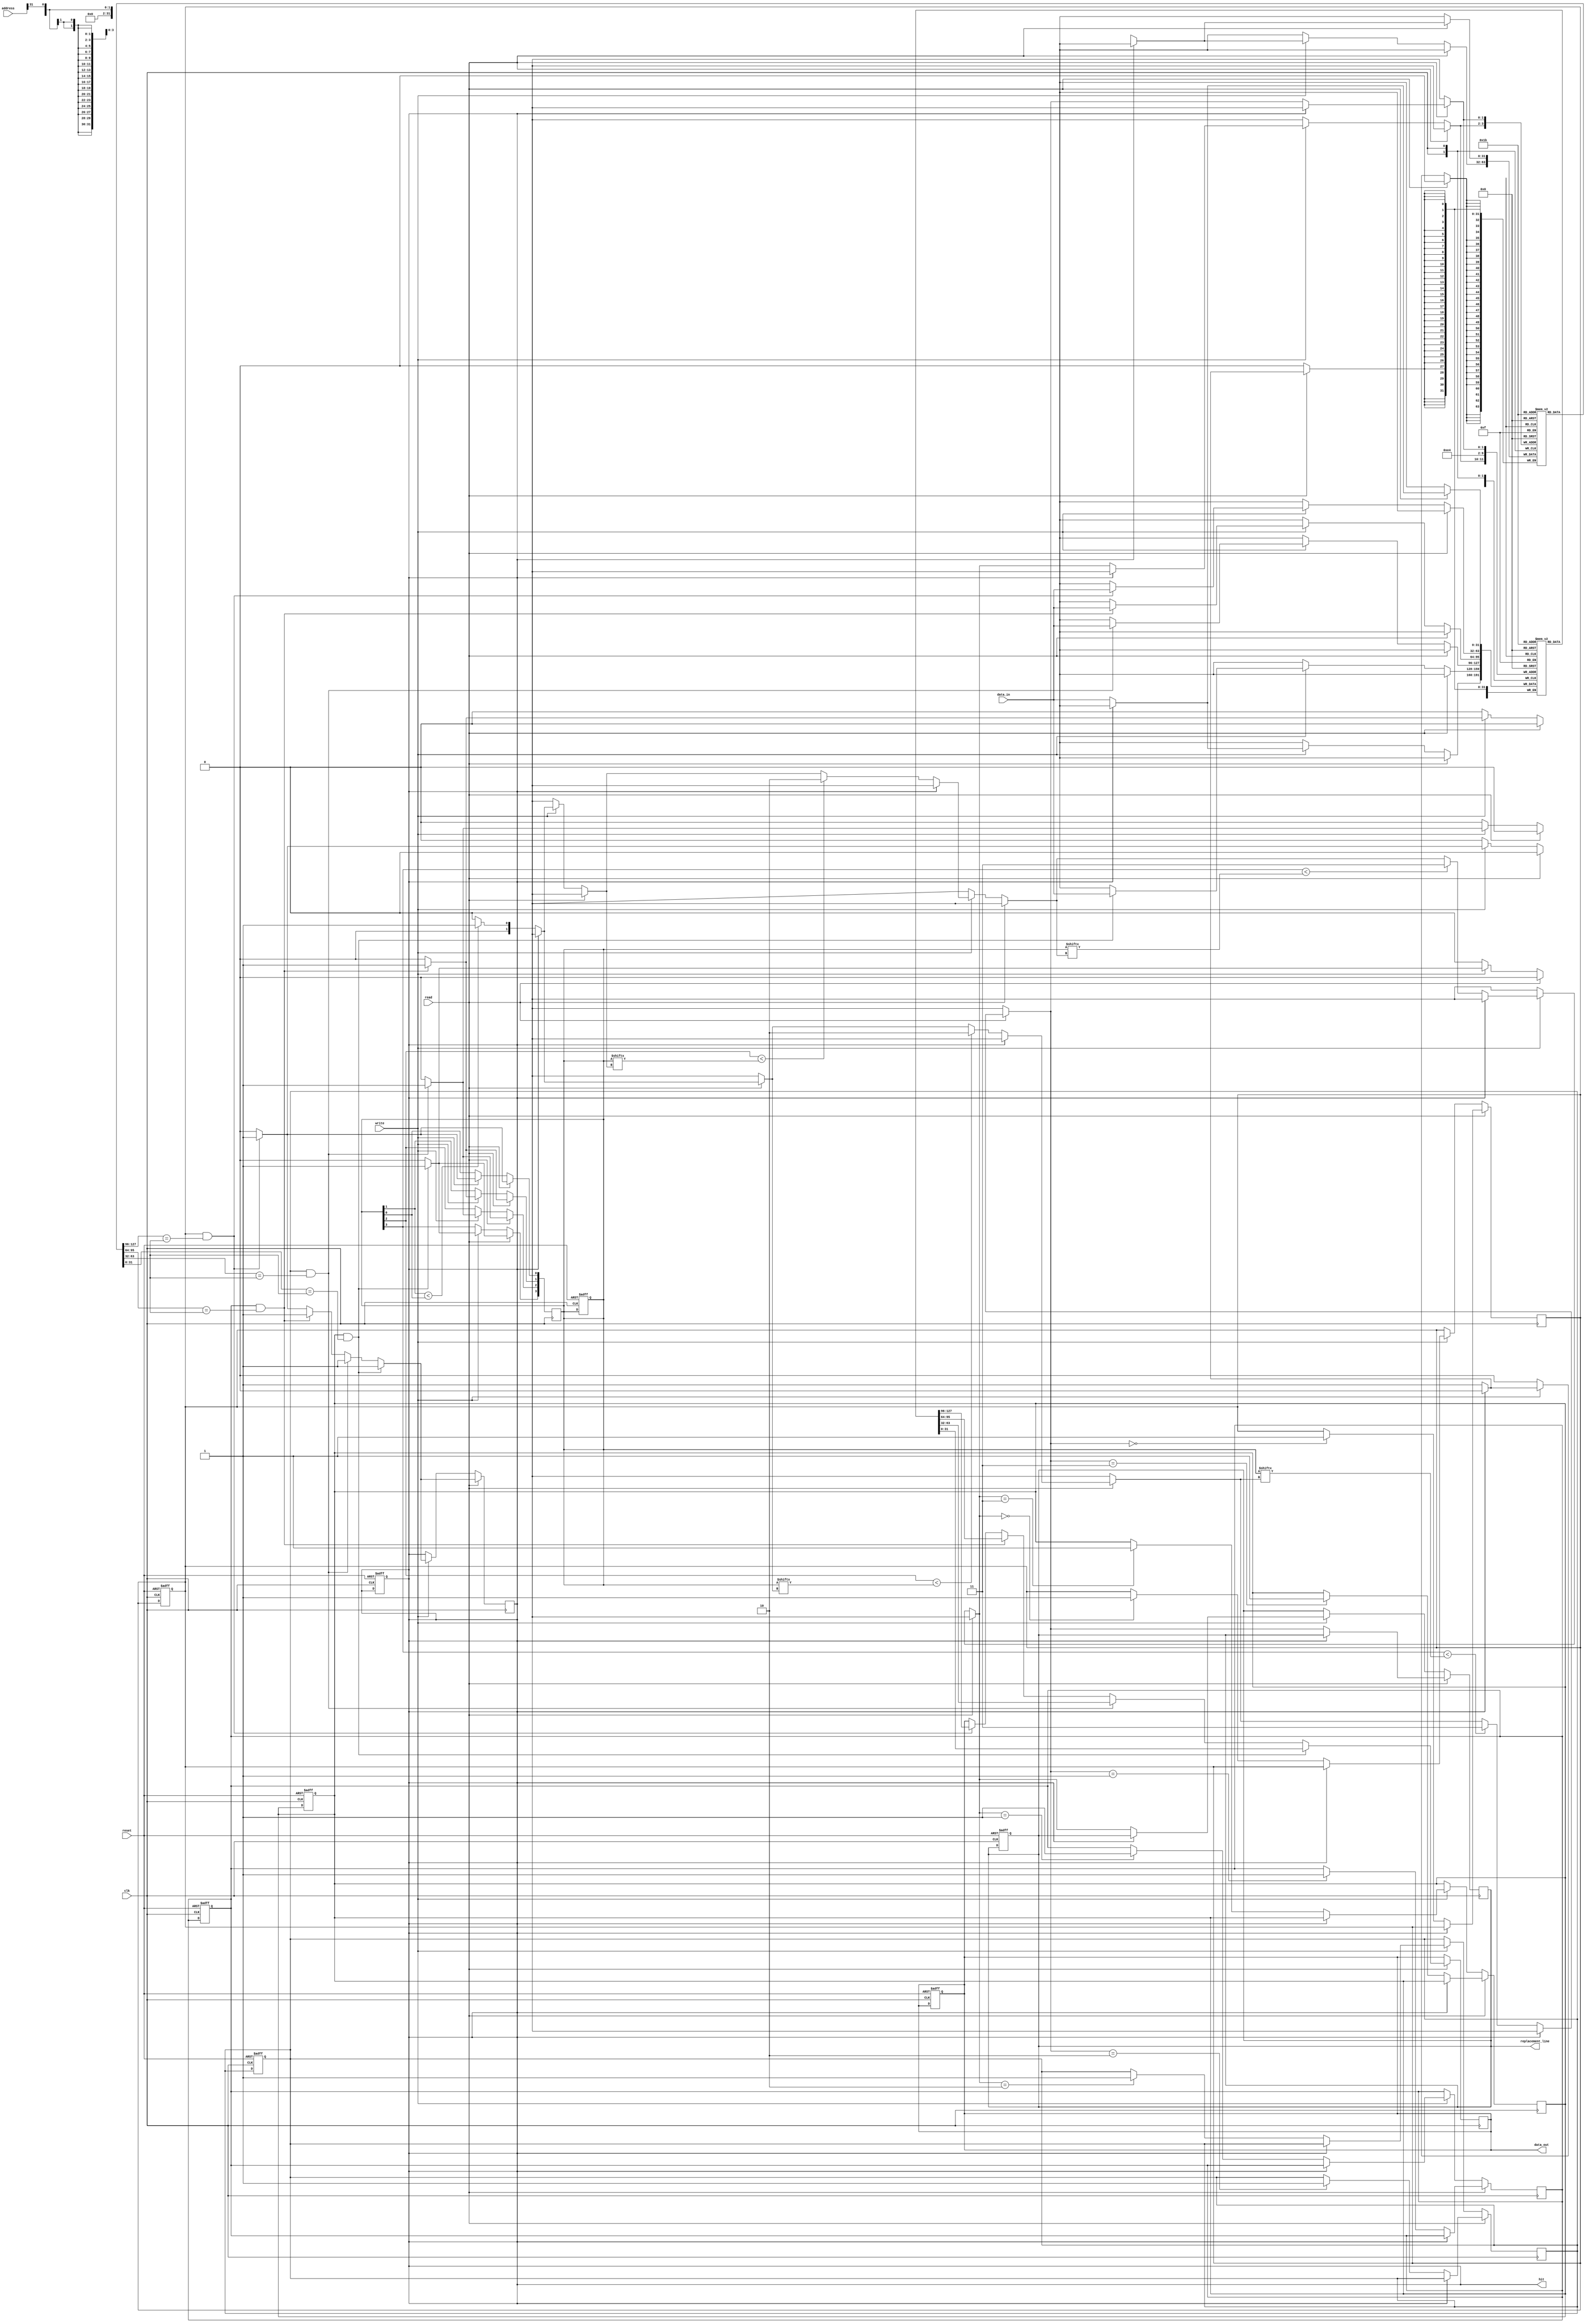
module fully_associative_cache #(
    parameter CACHE_LINES = 4,     // Number of cache lines
    parameter BLOCK_SIZE = 32,      // Size of each block in bytes
    parameter ADDR_WIDTH = 32       // Address width
)(
    input wire clk,
    input wire reset,
    input wire [ADDR_WIDTH-1:0] address, // Address input
    input wire [BLOCK_SIZE-1:0] data_in, // Data to write
    input wire read,                   // Read control signal
    input wire write,                  // Write control signal
    output reg [BLOCK_SIZE-1:0] data_out, // Data output
    output reg hit,                   // Hit signal
    output reg [1:0] replacement_line  // Replacement line index
);

    // Internal structures
    reg [BLOCK_SIZE-1:0] data_array [0:CACHE_LINES-1]; // Data array
    reg [ADDR_WIDTH-1:0] tag_array [0:CACHE_LINES-1];  // Tag array
    reg valid [0:CACHE_LINES-1];                        // Valid bits
    reg dirty [0:CACHE_LINES-1];                        // Dirty bits
    reg [CACHE_LINES-1:0] lru_counter;                  // LRU counter

    integer i;

    // Initialize cache
    always @(posedge clk or posedge reset) begin
        if (reset) begin
            for (i = 0; i < CACHE_LINES; i = i + 1) begin
                valid[i] <= 1'b0;
                dirty[i] <= 1'b0;
                lru_counter[i] <= 1'b0;
            end
            hit <= 1'b0;
            data_out <= {BLOCK_SIZE{1'b0}};
            replacement_line <= 2'b00;
        end
    end

    // Main cache operation
    always @(posedge clk) begin
        if (read) begin
            hit <= 1'b0;
            for (i = 0; i < CACHE_LINES; i = i + 1) begin
                if (valid[i] && (tag_array[i] == address[ADDR_WIDTH-1:BLOCK_SIZE])) begin
                    // Cache hit
                    hit <= 1'b1;
                    data_out <= data_array[i];
                    lru_counter[i] <= 1'b1; // Mark this line as recently used
                end else begin
                    lru_counter[i] <= 1'b0; // Not recently used
                end
            end
            
            // If miss, handle replacement
            if (!hit) begin
                // Find a line to replace (simple LRU)
                replacement_line = 0;
                for (i = 1; i < CACHE_LINES; i = i + 1) begin
                    if (lru_counter[i] < lru_counter[replacement_line]) begin
                        replacement_line = i;
                    end
                end
                
                // Replace the line
                data_array[replacement_line] <= data_in; // Load new data
                tag_array[replacement_line] <= address[ADDR_WIDTH-1:BLOCK_SIZE]; // Update tag
                valid[replacement_line] <= 1'b1; // Mark as valid
                dirty[replacement_line] <= 1'b0; // Reset dirty bit
            end
        end else if (write) begin
            hit <= 1'b0;
            for (i = 0; i < CACHE_LINES; i = i + 1) begin
                if (valid[i] && (tag_array[i] == address[ADDR_WIDTH-1:BLOCK_SIZE])) begin
                    // Cache hit on write
                    hit <= 1'b1;
                    data_array[i] <= data_in; // Update data
                    dirty[i] <= 1'b1; // Mark as dirty
                    lru_counter[i] <= 1'b1; // Mark this line as recently used
                end else begin
                    lru_counter[i] <= 1'b0; // Not recently used
                end
            end
            
            // If miss, handle replacement
            if (!hit) begin
                // Find a line to replace (simple LRU)
                replacement_line = 0;
                for (i = 1; i < CACHE_LINES; i = i + 1) begin
                    if (lru_counter[i] < lru_counter[replacement_line]) begin
                        replacement_line = i;
                    end
                end
                
                // Replace the line
                data_array[replacement_line] <= data_in; // Load new data
                tag_array[replacement_line] <= address[ADDR_WIDTH-1:BLOCK_SIZE]; // Update tag
                valid[replacement_line] <= 1'b1; // Mark as valid
                dirty[replacement_line] <= 1'b1; // Mark as dirty
            end
        end
    end
endmodule